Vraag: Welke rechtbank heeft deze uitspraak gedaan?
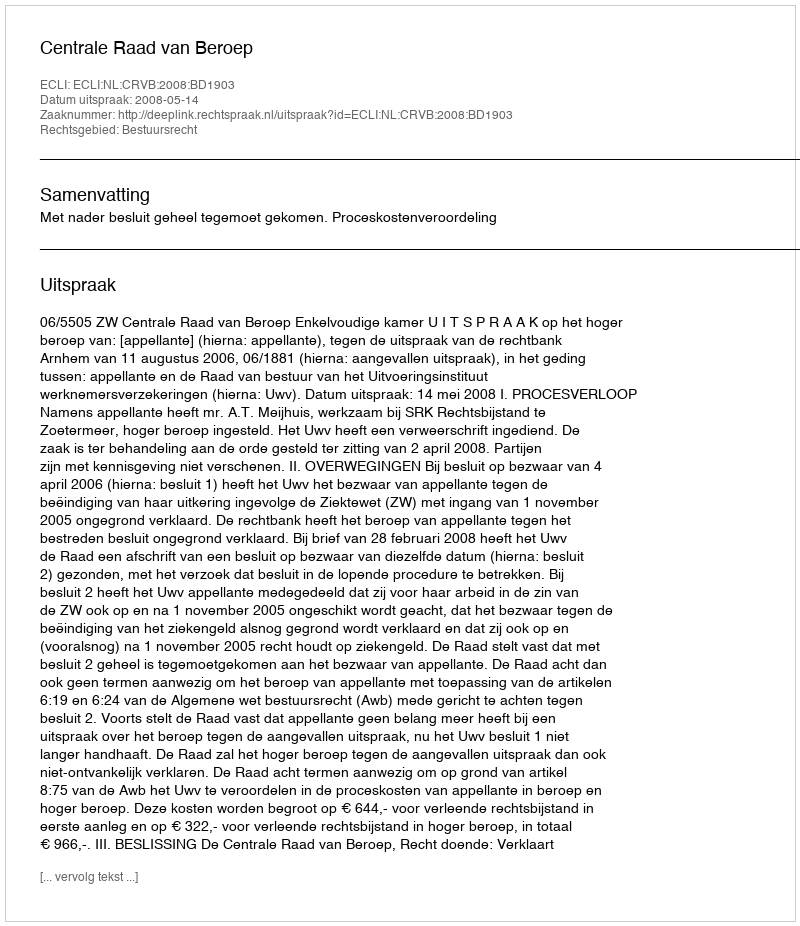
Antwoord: Centrale Raad van Beroep